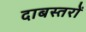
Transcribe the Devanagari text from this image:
दाबस्तरों